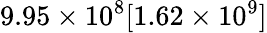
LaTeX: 9.95\times 10^{8}[1.62\times 10^{9}]